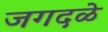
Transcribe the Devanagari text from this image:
जगदळे